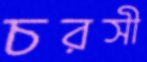
চরসী